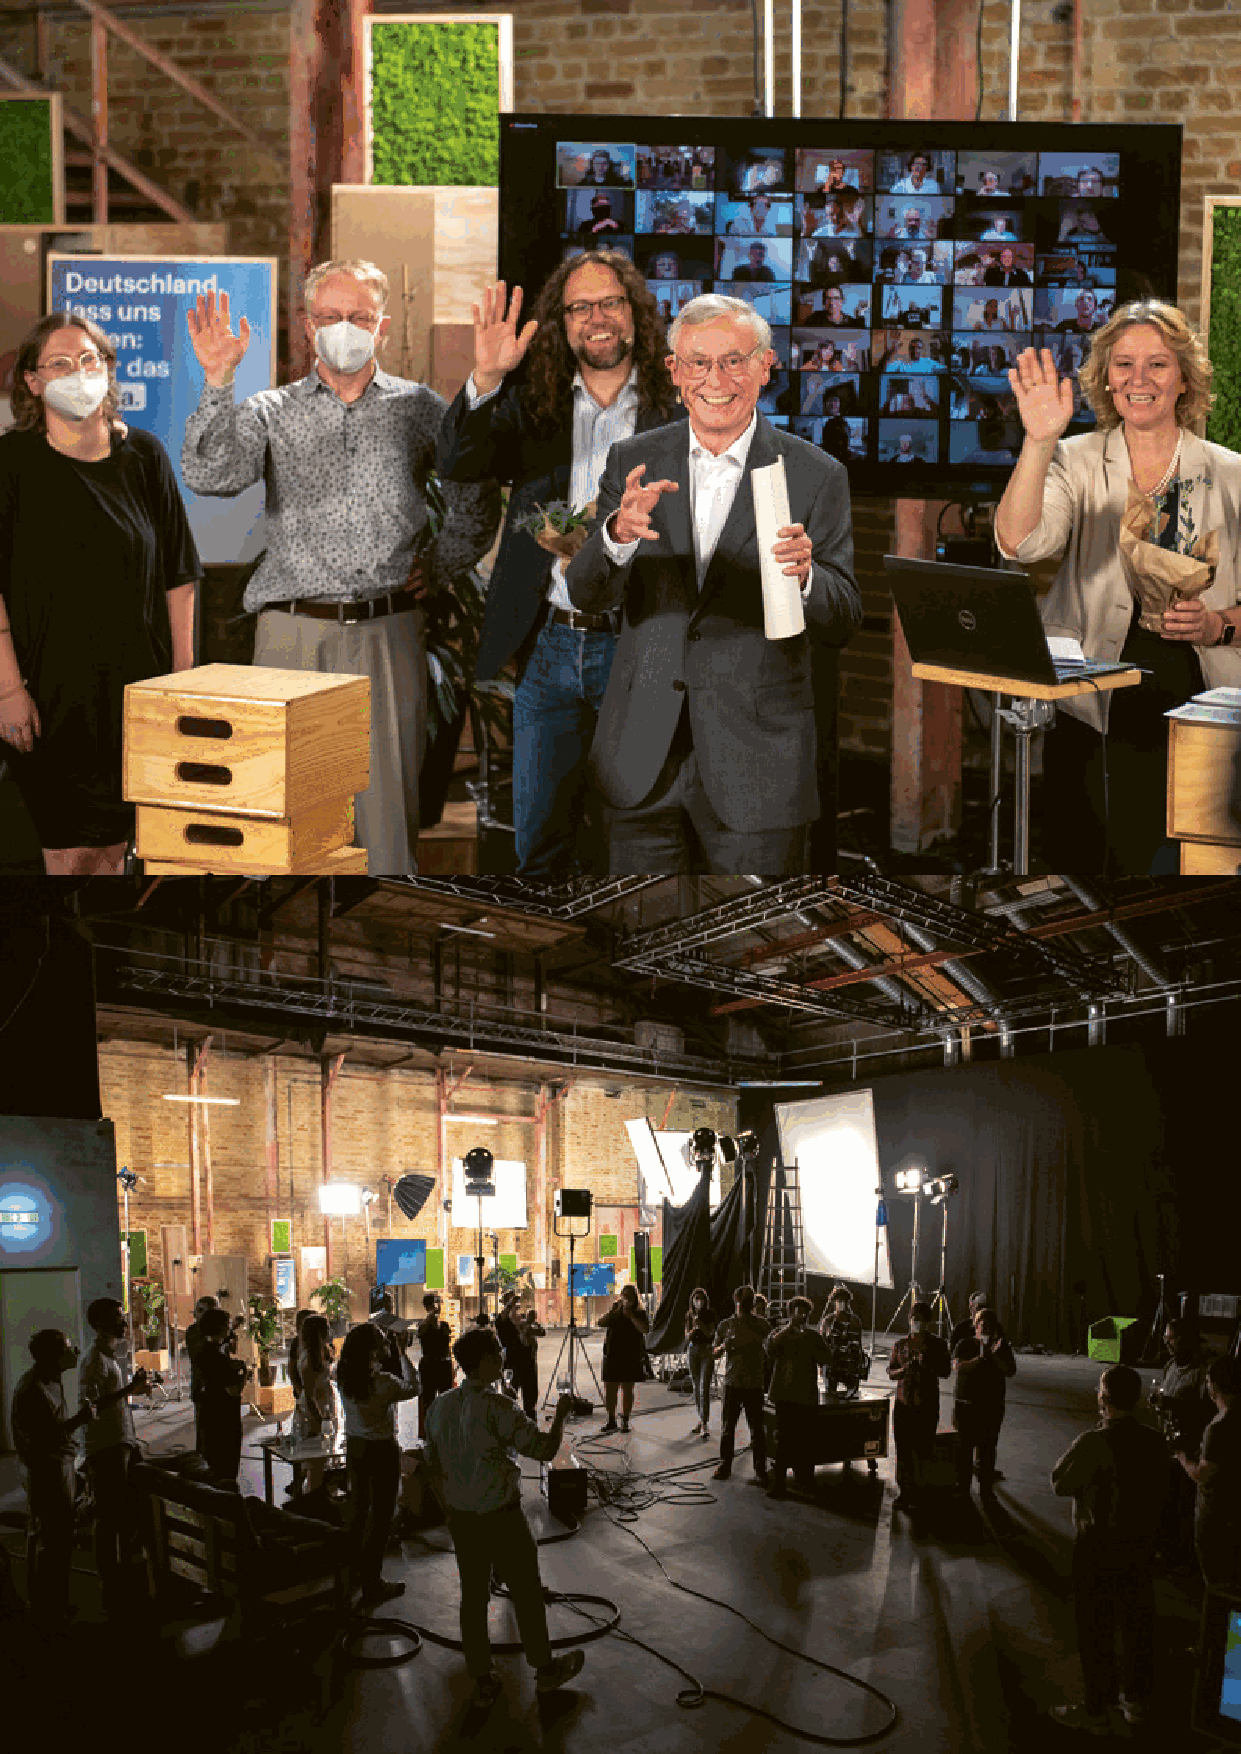
Recommendations for German climate policy                                30